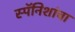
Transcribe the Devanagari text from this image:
स्पॅनिशांचा